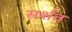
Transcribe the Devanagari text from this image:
सर्शत